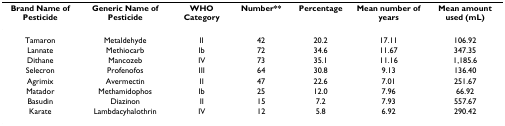
<table><thead><tr><td><b>Brand Name of Pesticide</b></td><td><b>Generic Name of Pesticide</b></td><td><b>WHO Category</b></td><td><b>Number**</b></td><td><b>Percentage</b></td><td><b>Mean number of years</b></td><td><b>Mean amount used (mL)</b></td></tr></thead><tbody><tr><td>Tamaron</td><td>Metaldehyde</td><td>II</td><td>42</td><td>20.2</td><td>17.11</td><td>106.92</td></tr><tr><td>Lannate</td><td>Methiocarb</td><td>Ib</td><td>72</td><td>34.6</td><td>11.67</td><td>347.35</td></tr><tr><td>Dithane</td><td>Mancozeb</td><td>IV</td><td>73</td><td>35.1</td><td>11.16</td><td>1,185.6</td></tr><tr><td>Selecron</td><td>Profenofos</td><td>III</td><td>64</td><td>30.8</td><td>9.13</td><td>136.40</td></tr><tr><td>Agrimix</td><td>Avermectin</td><td>II</td><td>47</td><td>22.6</td><td>7.01</td><td>251.67</td></tr><tr><td>Matador</td><td>Methamidophos</td><td>Ib</td><td>25</td><td>12.0</td><td>7.96</td><td>66.92</td></tr><tr><td>Basudin</td><td>Diazinon</td><td>II</td><td>15</td><td>7.2</td><td>7.93</td><td>557.67</td></tr><tr><td>Karate</td><td>Lambdacyhalothrin</td><td>IV</td><td>12</td><td>5.8</td><td>6.92</td><td>290.42</td></tr></tbody></table>